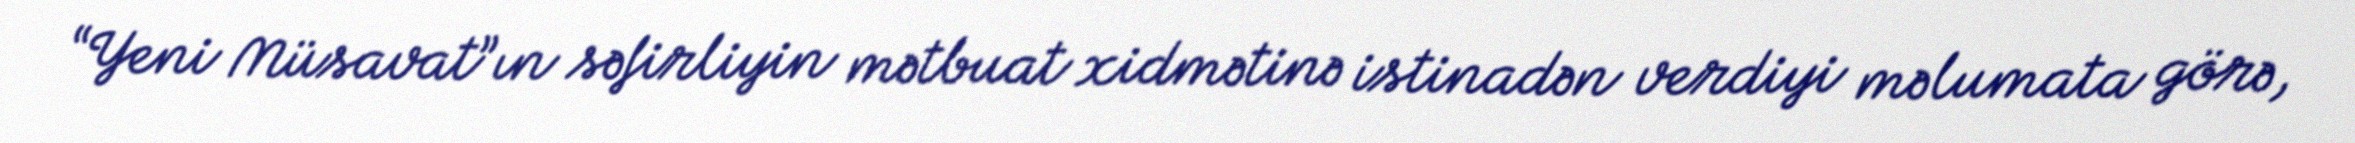
“Yeni Müsavat”ın səfirliyin mətbuat xidmətinə istinadən verdiyi məlumata görə,